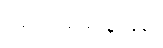
၁၅။ ၄၅.၅% နှုန်း